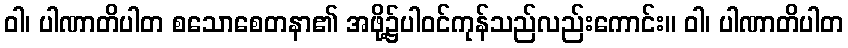
ဝါ၊ ပါဏာတိပါတ စသောစေတနာ၏ အဖို့၌ပါဝင်ကုန်သည်လည်းကောင်း။ ဝါ၊ ပါဏာတိပါတ